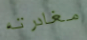
مغادرته